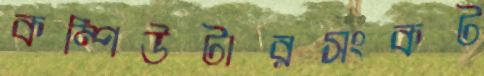
কম্পিউটারসংকট